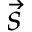
\vec { s }